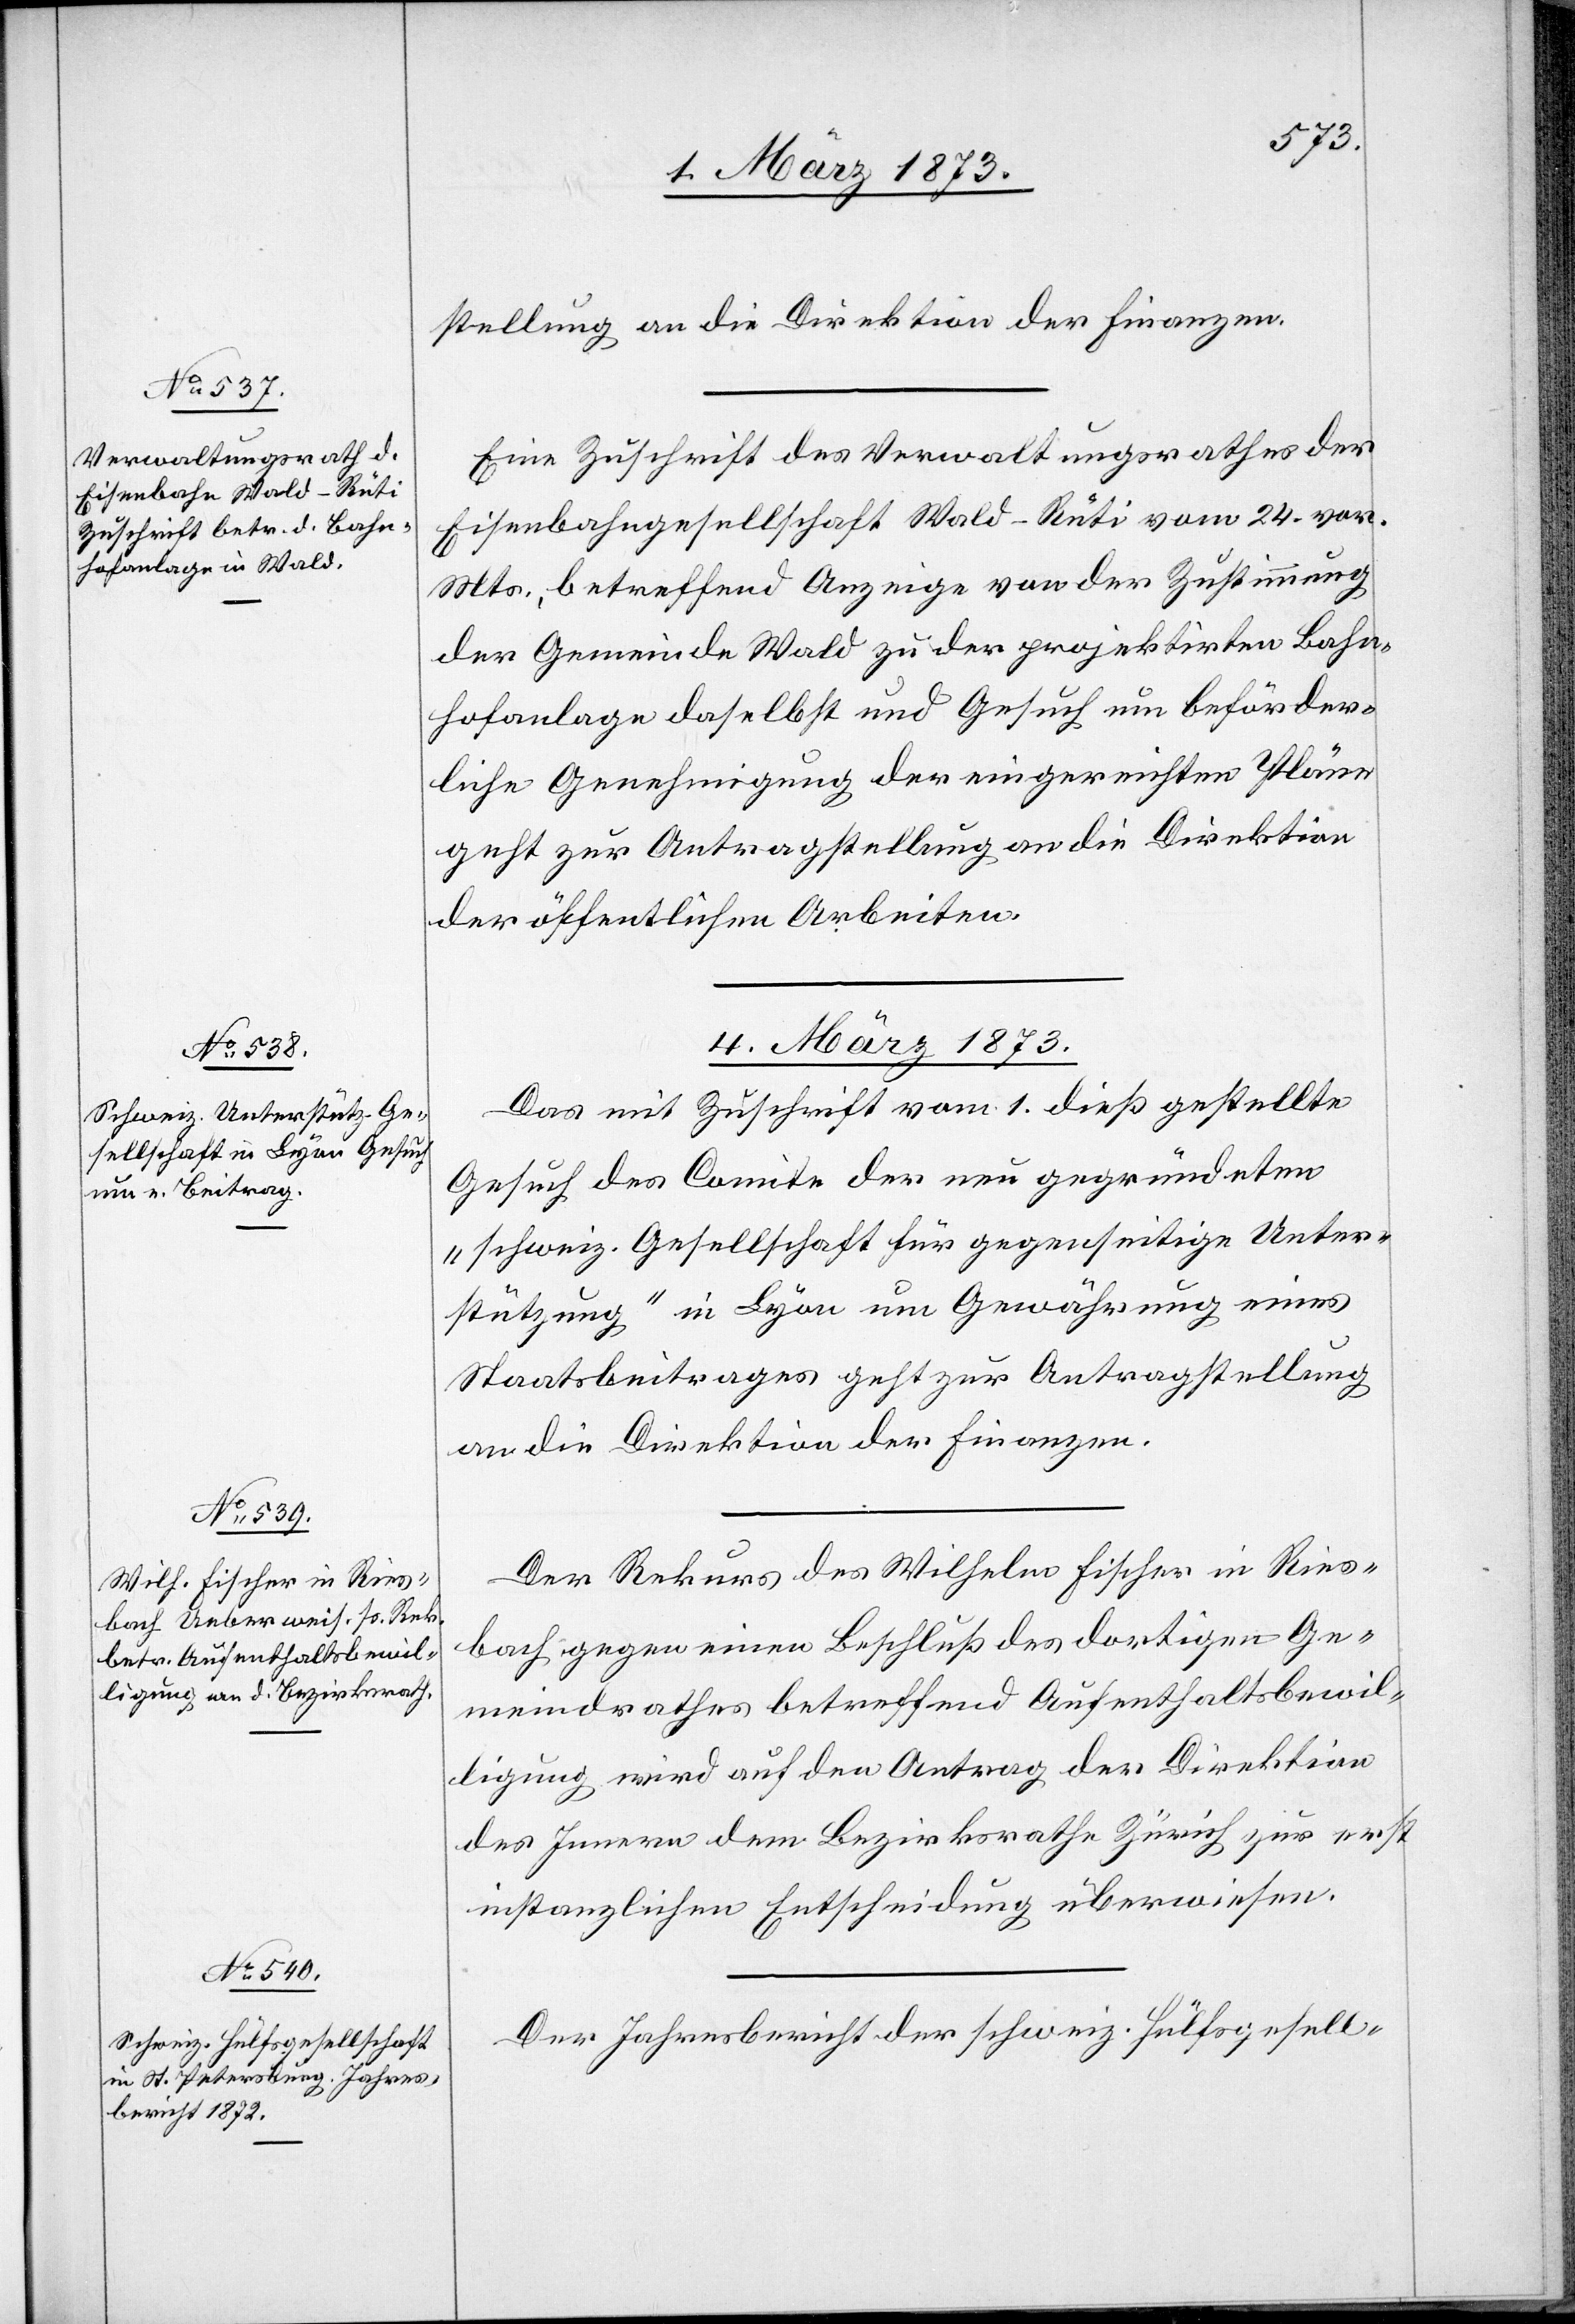
stellung an die Direktion der Finanzen.
Eine Zuschrift des Verwaltungsrathes der
Eisenbahngesellschaft Wald–Rüti vom 24. vor.
Mts., betreffend Anzeige von der Zustimmung
der Gemeinde Wald zu der projektirten Bahn¬
hofanlage daselbst und Gesuch um beförder¬
liche Genehmigung der eingereichten Pläne
geht zur Antragstellung an die Direktion
der öffentlichen Arbeiten.
4. März 1873.]
Das mit Zuschrift vom 1. dieß gestellte
Gesuch des Comite der neu gegründeten
„schweiz. Gesellschaft für gegenseitige Unter¬
stützung“ in Lyon um Gewährung eines
Staatsbeitrages geht zur Antragstellung
an die Direktion der Finanzen.
Der Rekurs des Wilhelm Fischer in Ries¬
bach gegen einen Beschluß des dortigen Ge¬
meindrathes betreffend Aufenthaltsbewil¬
ligung wird auf den Antrag der Direktion
des Innern dem Bezirksrathe Zürich zur erst
instanzlichen Entscheidung überwiesen.
Der Jahresbericht der schweiz. Hülfsgesell-